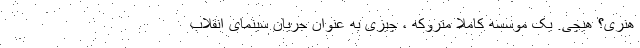
هنری؟ هیچی. یک موسسه کاملا متروکه ، چیزی به عنوان جریان سینمای انقلاب